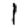
Digit: 1